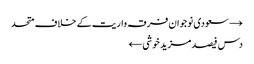
→ سعودی نوجوان فرقہ واریت کے خلاف متحد
دس فیصد مزید خوشی ←